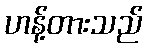
ဟန့်တားသည်